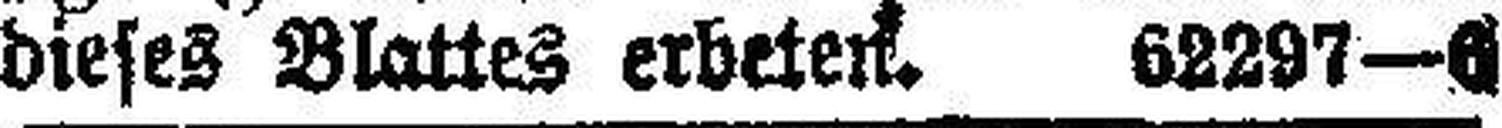
dieses Blattes erbeten. 62297—6